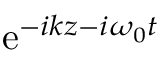
\mathrm { e } ^ { - i k z - i \omega _ { 0 } t }